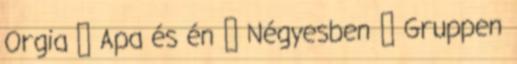
Orgia ▪ Apa és én ▪ Négyesben ▪ Gruppen